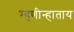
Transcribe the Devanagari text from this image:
म्हणीन्हाताय